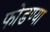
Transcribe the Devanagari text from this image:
फोडण्या